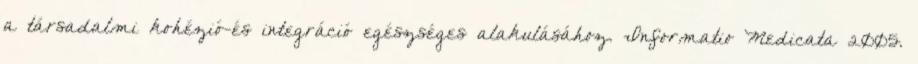
a társadalmi kohézió-és integráció egészséges alakulásához. Informatio Medicata 2005.